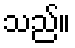
သည်။